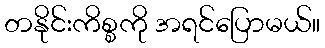
တနိုင်းကိစ္စကို အရင်ပြောမယ်။